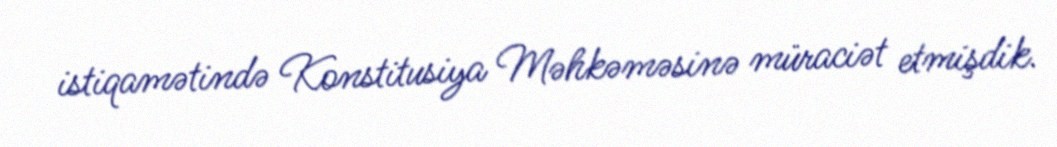
istiqamətində Konstitusiya Məhkəməsinə müraciət etmişdik.